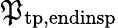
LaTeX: \mathfrak{P}_{\mathrm{{tp,endinsp}}}